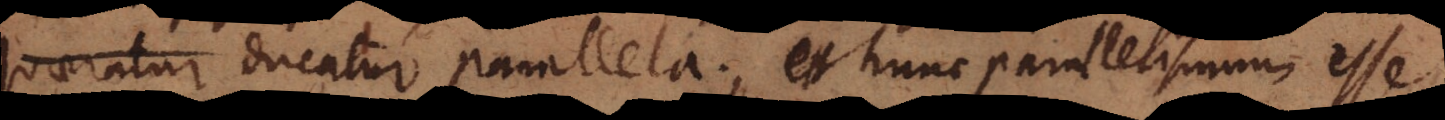
quaeratur ducatur parallela; et hunc parallelismum esse